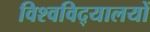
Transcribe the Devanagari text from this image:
विश्‍वविद्‌यालयों